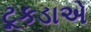
ટૂકડાએ